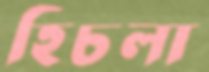
হিচলা